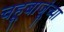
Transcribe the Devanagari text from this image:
चहूबाजूंच्या